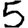
Digit: 5